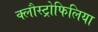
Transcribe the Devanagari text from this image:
क्लौस्ट्रोफिलिया